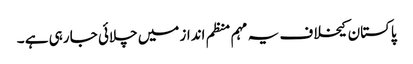
پاکستان کیخلاف یہ مہم منظم انداز میں چلائی جا رہی ہے ۔